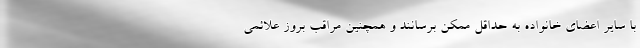
با سایر اعضای خانواده به حداقل ممکن برسانند و همچنین مراقب بروز علائمی